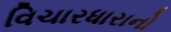
વિચારધારાનો